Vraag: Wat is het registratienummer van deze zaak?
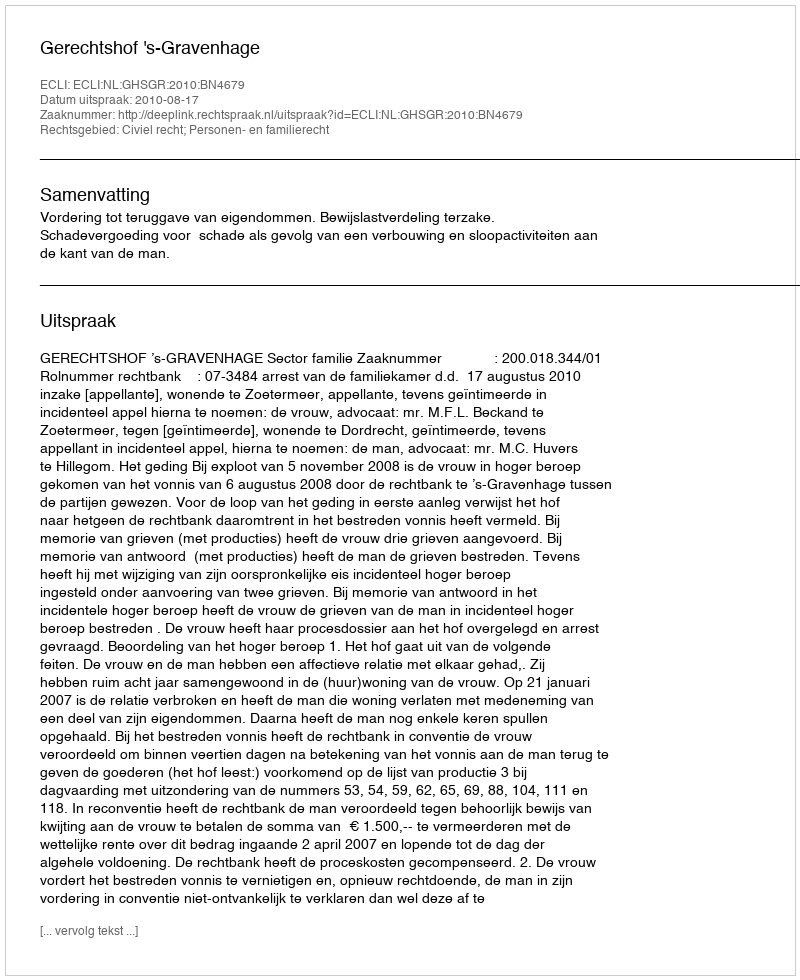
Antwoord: http://deeplink.rechtspraak.nl/uitspraak?id=ECLI:NL:GHSGR:2010:BN4679